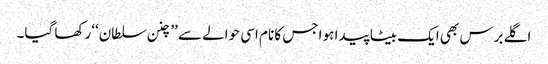
اگلے برس بھی ایک بیٹا پیدا ہو اجس کا نام اسی حوالے سے ’’چنن سلطان‘‘ رکھا گیا۔